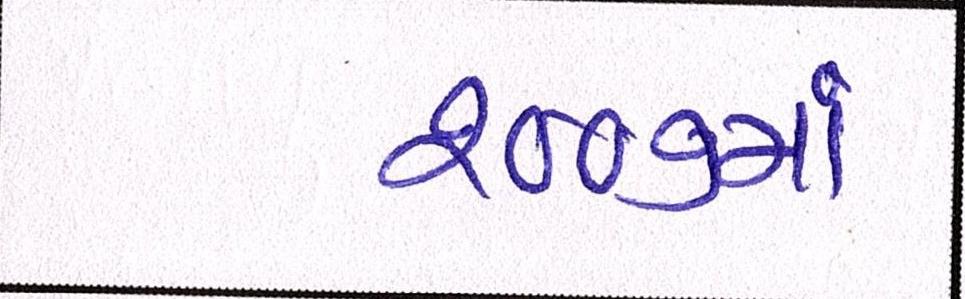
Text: ૨૦૦૭માં